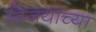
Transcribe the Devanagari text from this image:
विजयांच्या